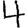
Digit: 4